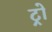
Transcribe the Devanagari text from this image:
ट्रो